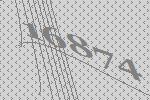
16874